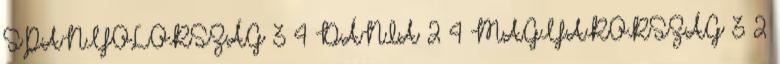
SPANYOLORSZÁG 3 4 DÁNIA 2 4 MAGYARORSZÁG 3 2